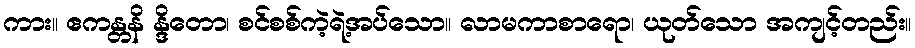
ကား။ ဧကန္တနိ န္ဒိတော၊ စင်စစ်ကဲ့ရဲ့အပ်သော။ လာမကာစာရော၊ ယုတ်သော အကျင့်တည်း။